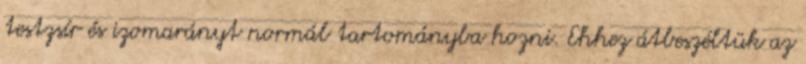
testzsír és izomarányt normál tartományba hozni. Ehhez átbeszéltük az